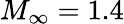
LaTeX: M_{\infty}=1.4